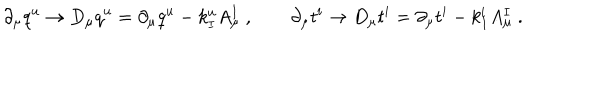
\partial _ { \mu } q ^ { u } \to { D } _ { \mu } q ^ { u } = \partial _ { \mu } q ^ { u } - k _ { I } ^ { u } A _ { \mu } ^ { I } \ , \qquad \partial _ { \mu } t ^ { i } \to { D } _ { \mu } t ^ { i } = \partial _ { \mu } t ^ { i } - k _ { I } ^ { i } A _ { \mu } ^ { I } \ .